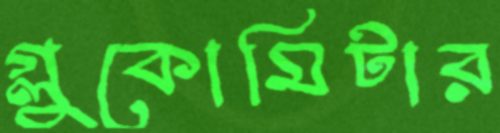
গ্লুকোমিটার